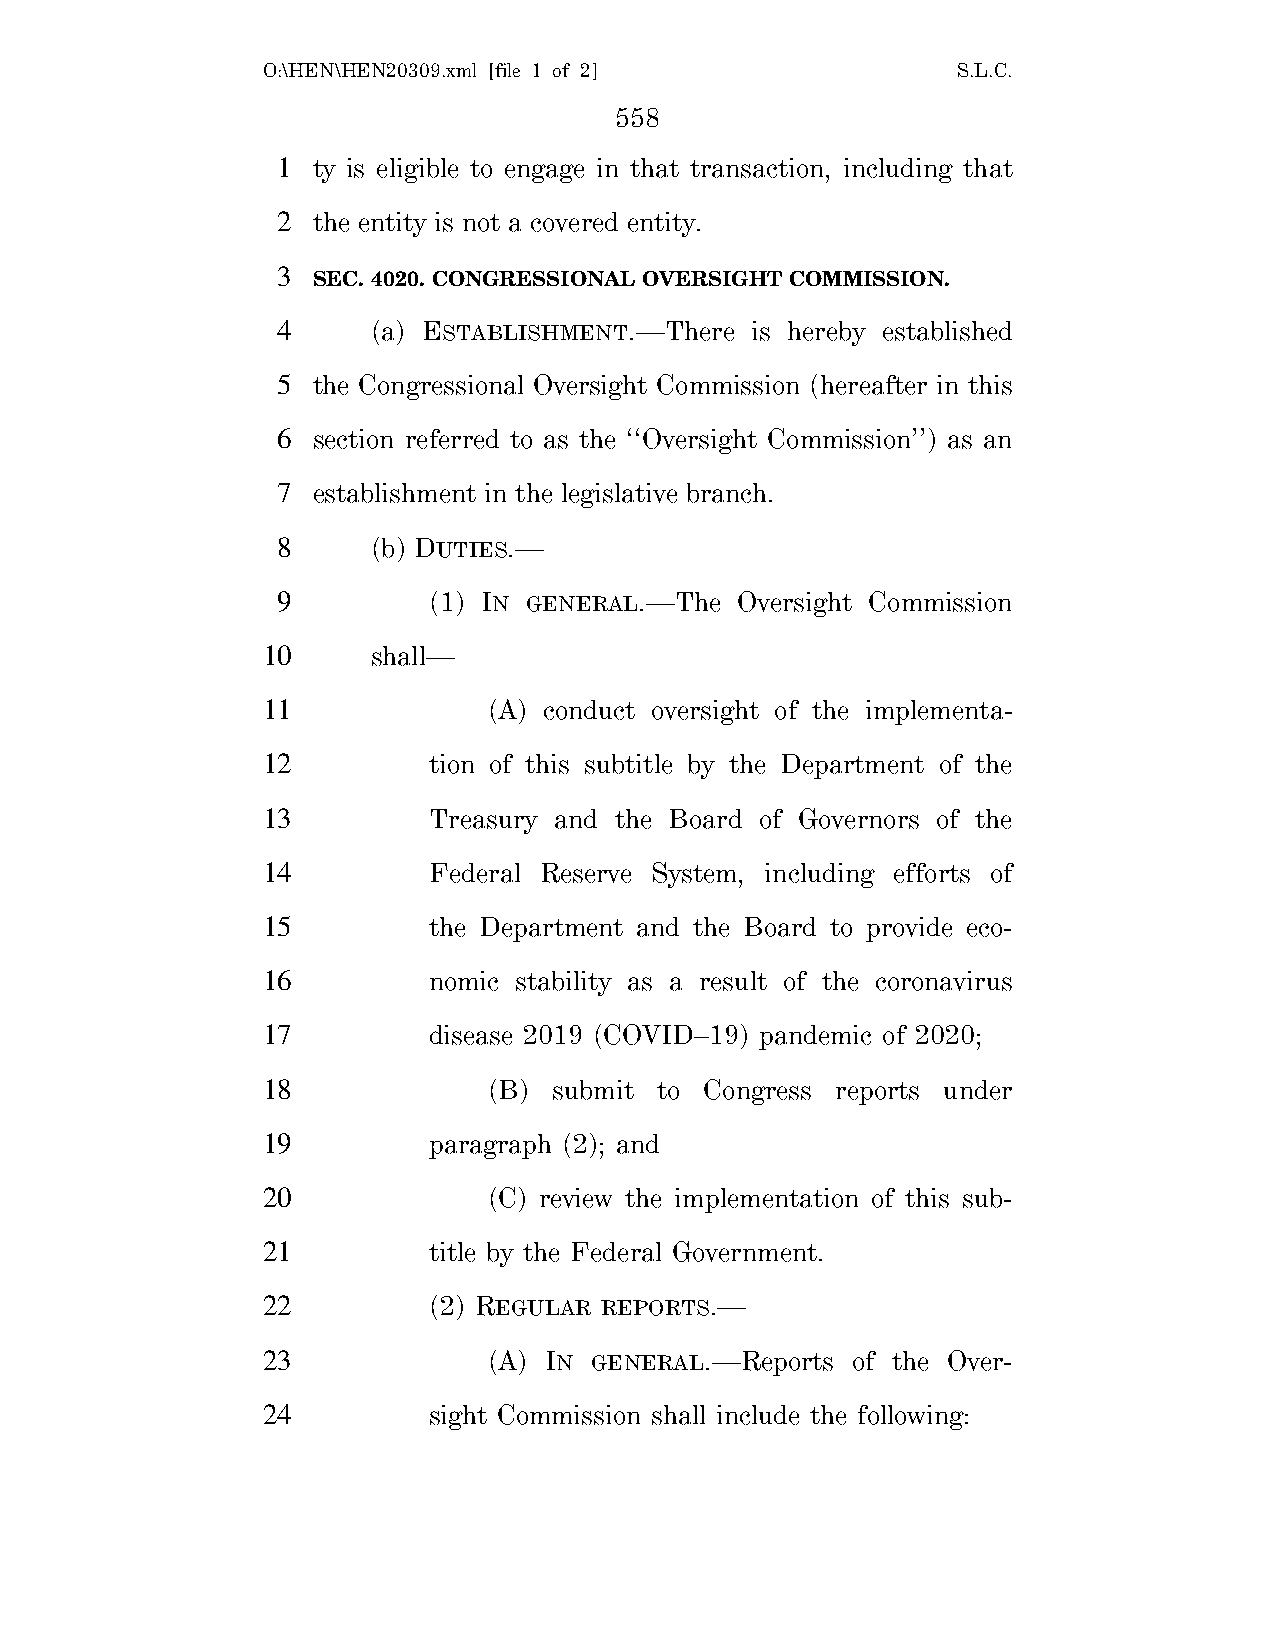
O:\HEN\HEN20309.xml [file 1 of 2]             S.L.C.
 558
 1  ty is eligible to engage in that transaction, including that
 2  the entity is not a covered entity.
 3
 SEC. 4020. CONGRESSIONAL OVERSIGHT COMMISSION.
 4      (a) ESTABLISHMENT.—There is hereby established
 5  the Congressional Oversight Commission (hereafter in this
 6  section referred to as the ‘‘Oversight Commission’’) as an
 7  establishment in the legislative branch.
 8      (b) DUTIES.—
 9         (1) IN GENERAL.—The  Oversight Commission
 10      shall—
 11             (A) conduct oversight of the implementa-
 12         tion of this subtitle by the Department of the
 13         Treasury and the Board of Governors of the
 14         Federal Reserve System, including efforts of
 15         the Department and the Board to provide eco-
 16         nomic stability as a result of the coronavirus
 17         disease 2019 (COVID–19) pandemic of 2020;
 18             (B)  submit to Congress reports under
 19         paragraph (2); and
 20             (C) review the implementation of this sub-
 21         title by the Federal Government.
 22         (2) REGULAR REPORTS.—
 23             (A) IN GENERAL.—Reports of the Over-
 24         sight Commission shall include the following: